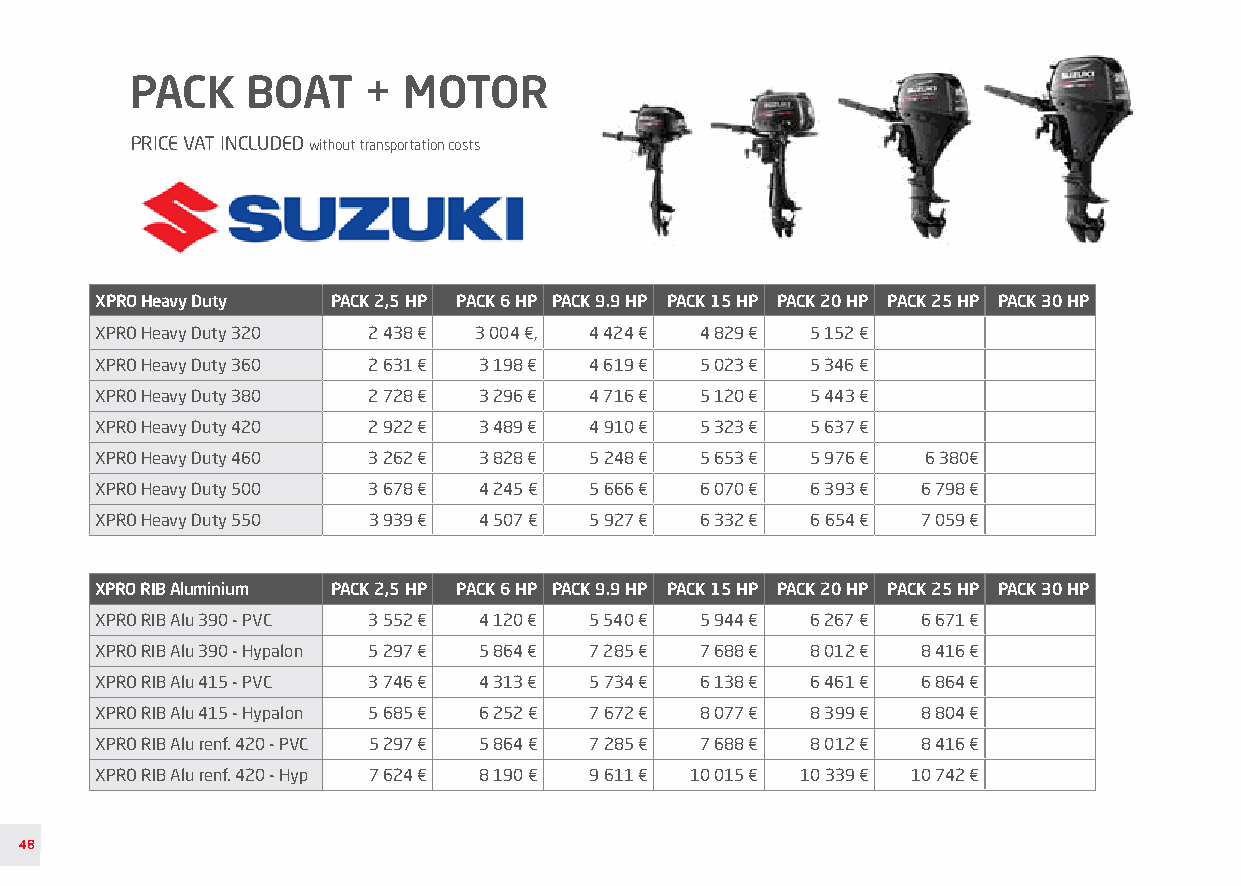
PACK   BOAT    +  MOTOR
 PRICE VAT INCLUDED without transportation costs
 XPRO Heavy Duty PACK 2,5 HP PACK 6 HP PACK 9.9 HP PACK 15 HP PACK 20 HP PACK 25 HP PACK 30 HP
 XPRO Heavy Duty 320 2 438 € 3 004 €, 4 424 € 4 829 € 5 152 €
 XPRO Heavy Duty 360 2 631 € 3 198 € 4 619 € 5 023 € 5 346 €
 XPRO Heavy Duty 380 2 728 € 3 296 € 4 716 € 5 120 € 5 443 €
 XPRO Heavy Duty 420 2 922 € 3 489 € 4 910 € 5 323 € 5 637 €
 XPRO Heavy Duty 460 3 262 € 3 828 € 5 248 € 5 653 € 5 976 € 6 380€
 XPRO Heavy Duty 500 3 678 € 4 245 € 5 666 € 6 070 € 6 393 € 6 798 €
 XPRO Heavy Duty 550 3 939 € 4 507 € 5 927 € 6 332 € 6 654 € 7 059 €
 XPRO RIB Aluminium PACK 2,5 HP PACK 6 HP PACK 9.9 HP PACK 15 HP PACK 20 HP PACK 25 HP PACK 30 HP
 XPRO RIB Alu 390 - PVC 3 552 € 4 120 € 5 540 € 5 944 € 6 267 € 6 671 €
 XPRO RIB Alu 390 - Hypalon 5 297 € 5 864 € 7 285 € 7 688 € 8 012 € 8 416 €
 XPRO RIB Alu 415 - PVC 3 746 € 4 313 € 5 734 € 6 138 € 6 461 € 6 864 €
 XPRO RIB Alu 415 - Hypalon 5 685 € 6 252 € 7 672 € 8 077 € 8 399 € 8 804 €
 XPRO RIB Alu renf. 420 - PVC 5 297 € 5 864 € 7 285 € 7 688 € 8 012 € 8 416 €
 XPRO RIB Alu renf. 420 - Hyp 7 624 € 8 190 € 9 611 € 10 015 € 10 339 € 10 742 €
 48